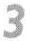
3